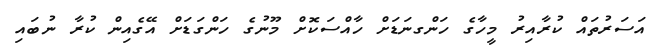
އަސަރުތައް ކުރާއިރު މީހާގެ ހަންގނަޑަށް ހާއްސަކޮށް މޫނުގެ ހަންގަޑަށް އޭގެއިން ކުރާ ނުބައި